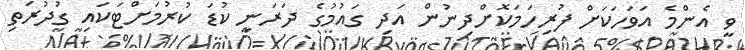
ވީ އެންމެ އަވަހަކަށް ފުރިހަމަކޮށްދިނުން އަދި ގައުމުގެ ދަރަނި ކުޑަ ކުރުމަށްޓަކައި ގުދުރަތި